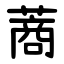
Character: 蔏